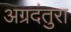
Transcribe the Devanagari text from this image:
अग्रदंतुरा